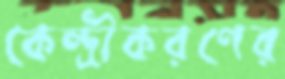
কেন্দ্রীকরণের